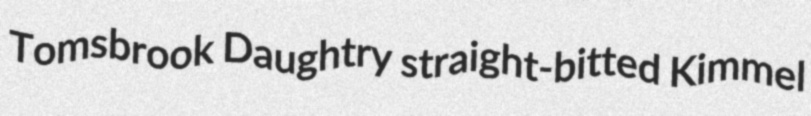
Tomsbrook Daughtry straight-bitted Kimmel